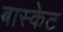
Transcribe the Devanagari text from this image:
बास्‍केट